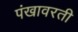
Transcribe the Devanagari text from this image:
पंखावरती